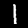
Digit: 1